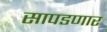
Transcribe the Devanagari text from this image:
सापडणार